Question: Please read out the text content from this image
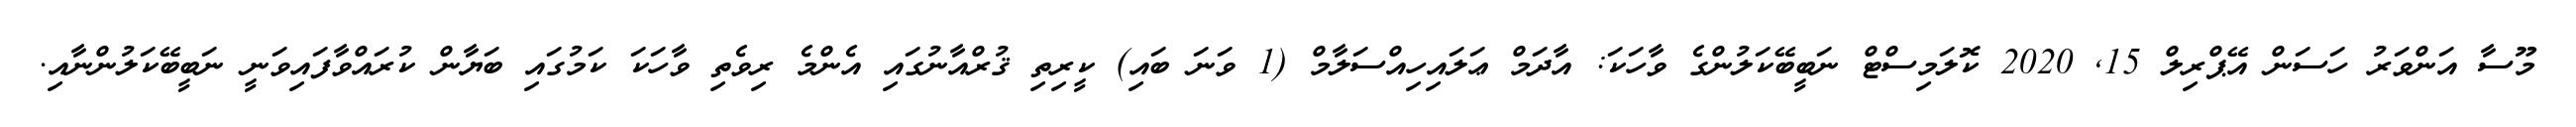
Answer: މޫސާ އަންވަރު ހަސަން އޭޕްރިލް 15, 2020 ކޮލަމިސްޓް ނަބީބޭކަލުންގެ ވާހަކަ: އާދަމް ޢަލައިހިއްސަލާމް (1 ވަނަ ބައި) ކީރިތި ޤުރްއާނުގައި އެންމެ ރިވެތި ވާހަކަ ކަމުގައި ބަޔާން ކުރައްވާފައިވަނީ ނަބީބޭކަލުންނާއި.